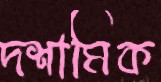
দশামিক